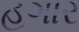
હગાર